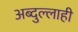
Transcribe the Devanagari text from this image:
अब्दुल्लाही